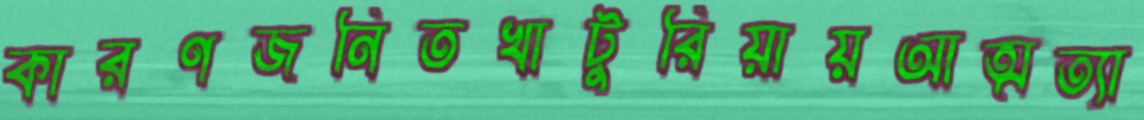
কারণজনিতখাটুরিয়ায়আত্মত্যা